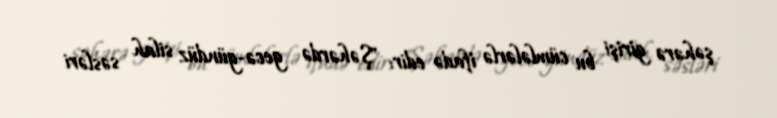
şəhərə girişi bu cümlələrlə ifadə edir: "Şəhərdə gecə-gündüz silah səsləri